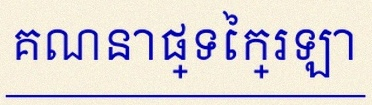
គណនាផ្ទៃក្រឡា